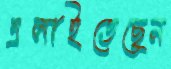
এলাইতেছেন